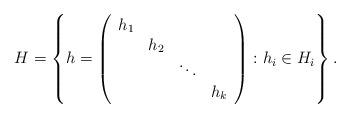
LaTeX: \begin{align*} H = \left\{ h = \left( \begin{array}{cccc} h_1 & & & \\ & h_2 & & \\ & & \ddots & \\ & & & h_k \end{array} \right) : h_i \in H_i \right\}. \end{align*}